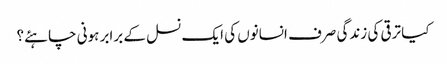
کیا ترقی کی زندگی صرف انسانوں کی ایک نسل کے برابر ہونی چاہئے؟